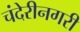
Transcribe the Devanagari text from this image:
चंदेरीनगरी